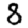
Digit: 8